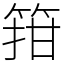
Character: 箝